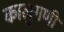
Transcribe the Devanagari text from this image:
कालुगणी